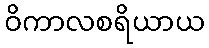
ဝိကာလစရိယာယ